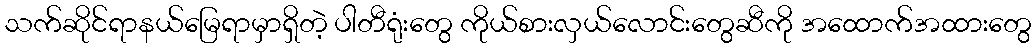
သက်ဆိုင်ရာနယ်မြေရာမှာရှိတဲ့ ပါတီရုံးတွေ ကိုယ်စားလှယ်လောင်းတွေဆီကို အထောက်အထားတွေ